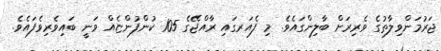
ޖަރުމަންވިލާތުގެ ވެރިރަށް ބާލިންގައެވެ. މި ފެއަރގައި ރާއްޖޭގެ 105 ކުންފުންޏެއް ވަނީ ބައިވެރިވެފައެވެ.